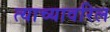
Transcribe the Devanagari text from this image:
त्याच्यावरिल